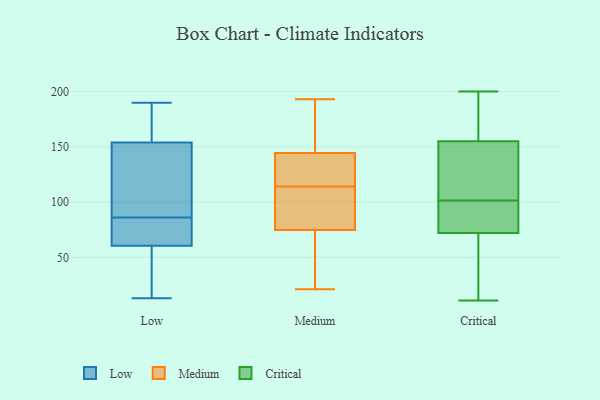
{"axis": {"x": "LTV (USD)", "y": "Value"}, "legend": ["Critical", "Low", "Medium"], "data": [{"x": "", "y": 93, "type": "Low"}, {"x": "", "y": 166, "type": "Low"}, {"x": "", "y": 54, "type": "Low"}, {"x": "", "y": 176, "type": "Low"}, {"x": "", "y": 122, "type": "Low"}, {"x": "", "y": 190, "type": "Low"}, {"x": "", "y": 45, "type": "Low"}, {"x": "", "y": 13, "type": "Low"}, {"x": "", "y": 57, "type": "Low"}, {"x": "", "y": 127, "type": "Low"}, {"x": "", "y": 102, "type": "Low"}, {"x": "", "y": 163, "type": "Low"}, {"x": "", "y": 59, "type": "Low"}, {"x": "", "y": 83, "type": "Low"}, {"x": "", "y": 86, "type": "Low"}, {"x": "", "y": 65, "type": "Low"}, {"x": "", "y": 75, "type": "Low"}, {"x": "", "y": 188, "type": "Low"}, {"x": "", "y": 66, "type": "Low"}, {"x": "", "y": 193, "type": "Medium"}, {"x": "", "y": 49, "type": "Medium"}, {"x": "", "y": 58, "type": "Medium"}, {"x": "", "y": 108, "type": "Medium"}, {"x": "", "y": 56, "type": "Medium"}, {"x": "", "y": 134, "type": "Medium"}, {"x": "", "y": 114, "type": "Medium"}, {"x": "", "y": 172, "type": "Medium"}, {"x": "", "y": 77, "type": "Medium"}, {"x": "", "y": 132, "type": "Medium"}, {"x": "", "y": 90, "type": "Medium"}, {"x": "", "y": 148, "type": "Medium"}, {"x": "", "y": 132, "type": "Medium"}, {"x": "", "y": 119, "type": "Medium"}, {"x": "", "y": 21, "type": "Medium"}, {"x": "", "y": 95, "type": "Medium"}, {"x": "", "y": 160, "type": "Medium"}, {"x": "", "y": 74, "type": "Medium"}, {"x": "", "y": 160, "type": "Medium"}, {"x": "", "y": 147, "type": "Critical"}, {"x": "", "y": 155, "type": "Critical"}, {"x": "", "y": 179, "type": "Critical"}, {"x": "", "y": 79, "type": "Critical"}, {"x": "", "y": 31, "type": "Critical"}, {"x": "", "y": 22, "type": "Critical"}, {"x": "", "y": 82, "type": "Critical"}, {"x": "", "y": 200, "type": "Critical"}, {"x": "", "y": 113, "type": "Critical"}, {"x": "", "y": 191, "type": "Critical"}, {"x": "", "y": 11, "type": "Critical"}, {"x": "", "y": 72, "type": "Critical"}, {"x": "", "y": 154, "type": "Critical"}, {"x": "", "y": 90, "type": "Critical"}]}